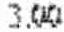
3.00